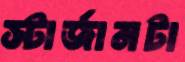
স্টার্জানটা